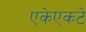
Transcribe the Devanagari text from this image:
एकेएकटे